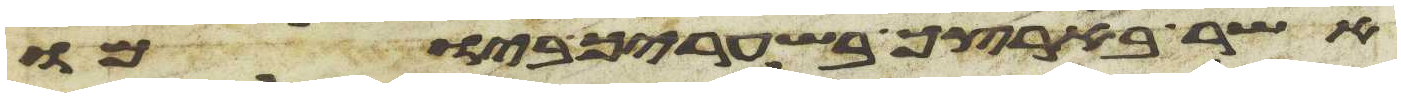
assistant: אשר בארצך בשעריך ביומו